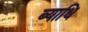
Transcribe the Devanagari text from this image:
ब्‍याधि